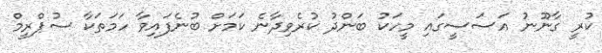
ކުރީ ގާނޫނު އަސަސީގައި މީހަކު ބަންދު ކުރެވިދާނެ ކަމަށް ބުނެފައިވާ ހަމަތަކާ ސުޕްރީމް